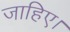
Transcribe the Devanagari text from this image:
जाहिए।